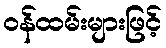
ဝန်ထမ်းများဖြင့်